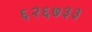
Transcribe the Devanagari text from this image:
६२६७३३